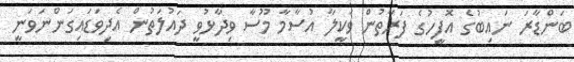
ބަންޑާރަ ނައިބުގެ އޮފީހުގެ ފަރާތުން ވަކީލާ އުސާމާ މޫސާ ވިދާޅުވީ ދައުލަތުން އެދިވަޑައިގަންނަވަނީ